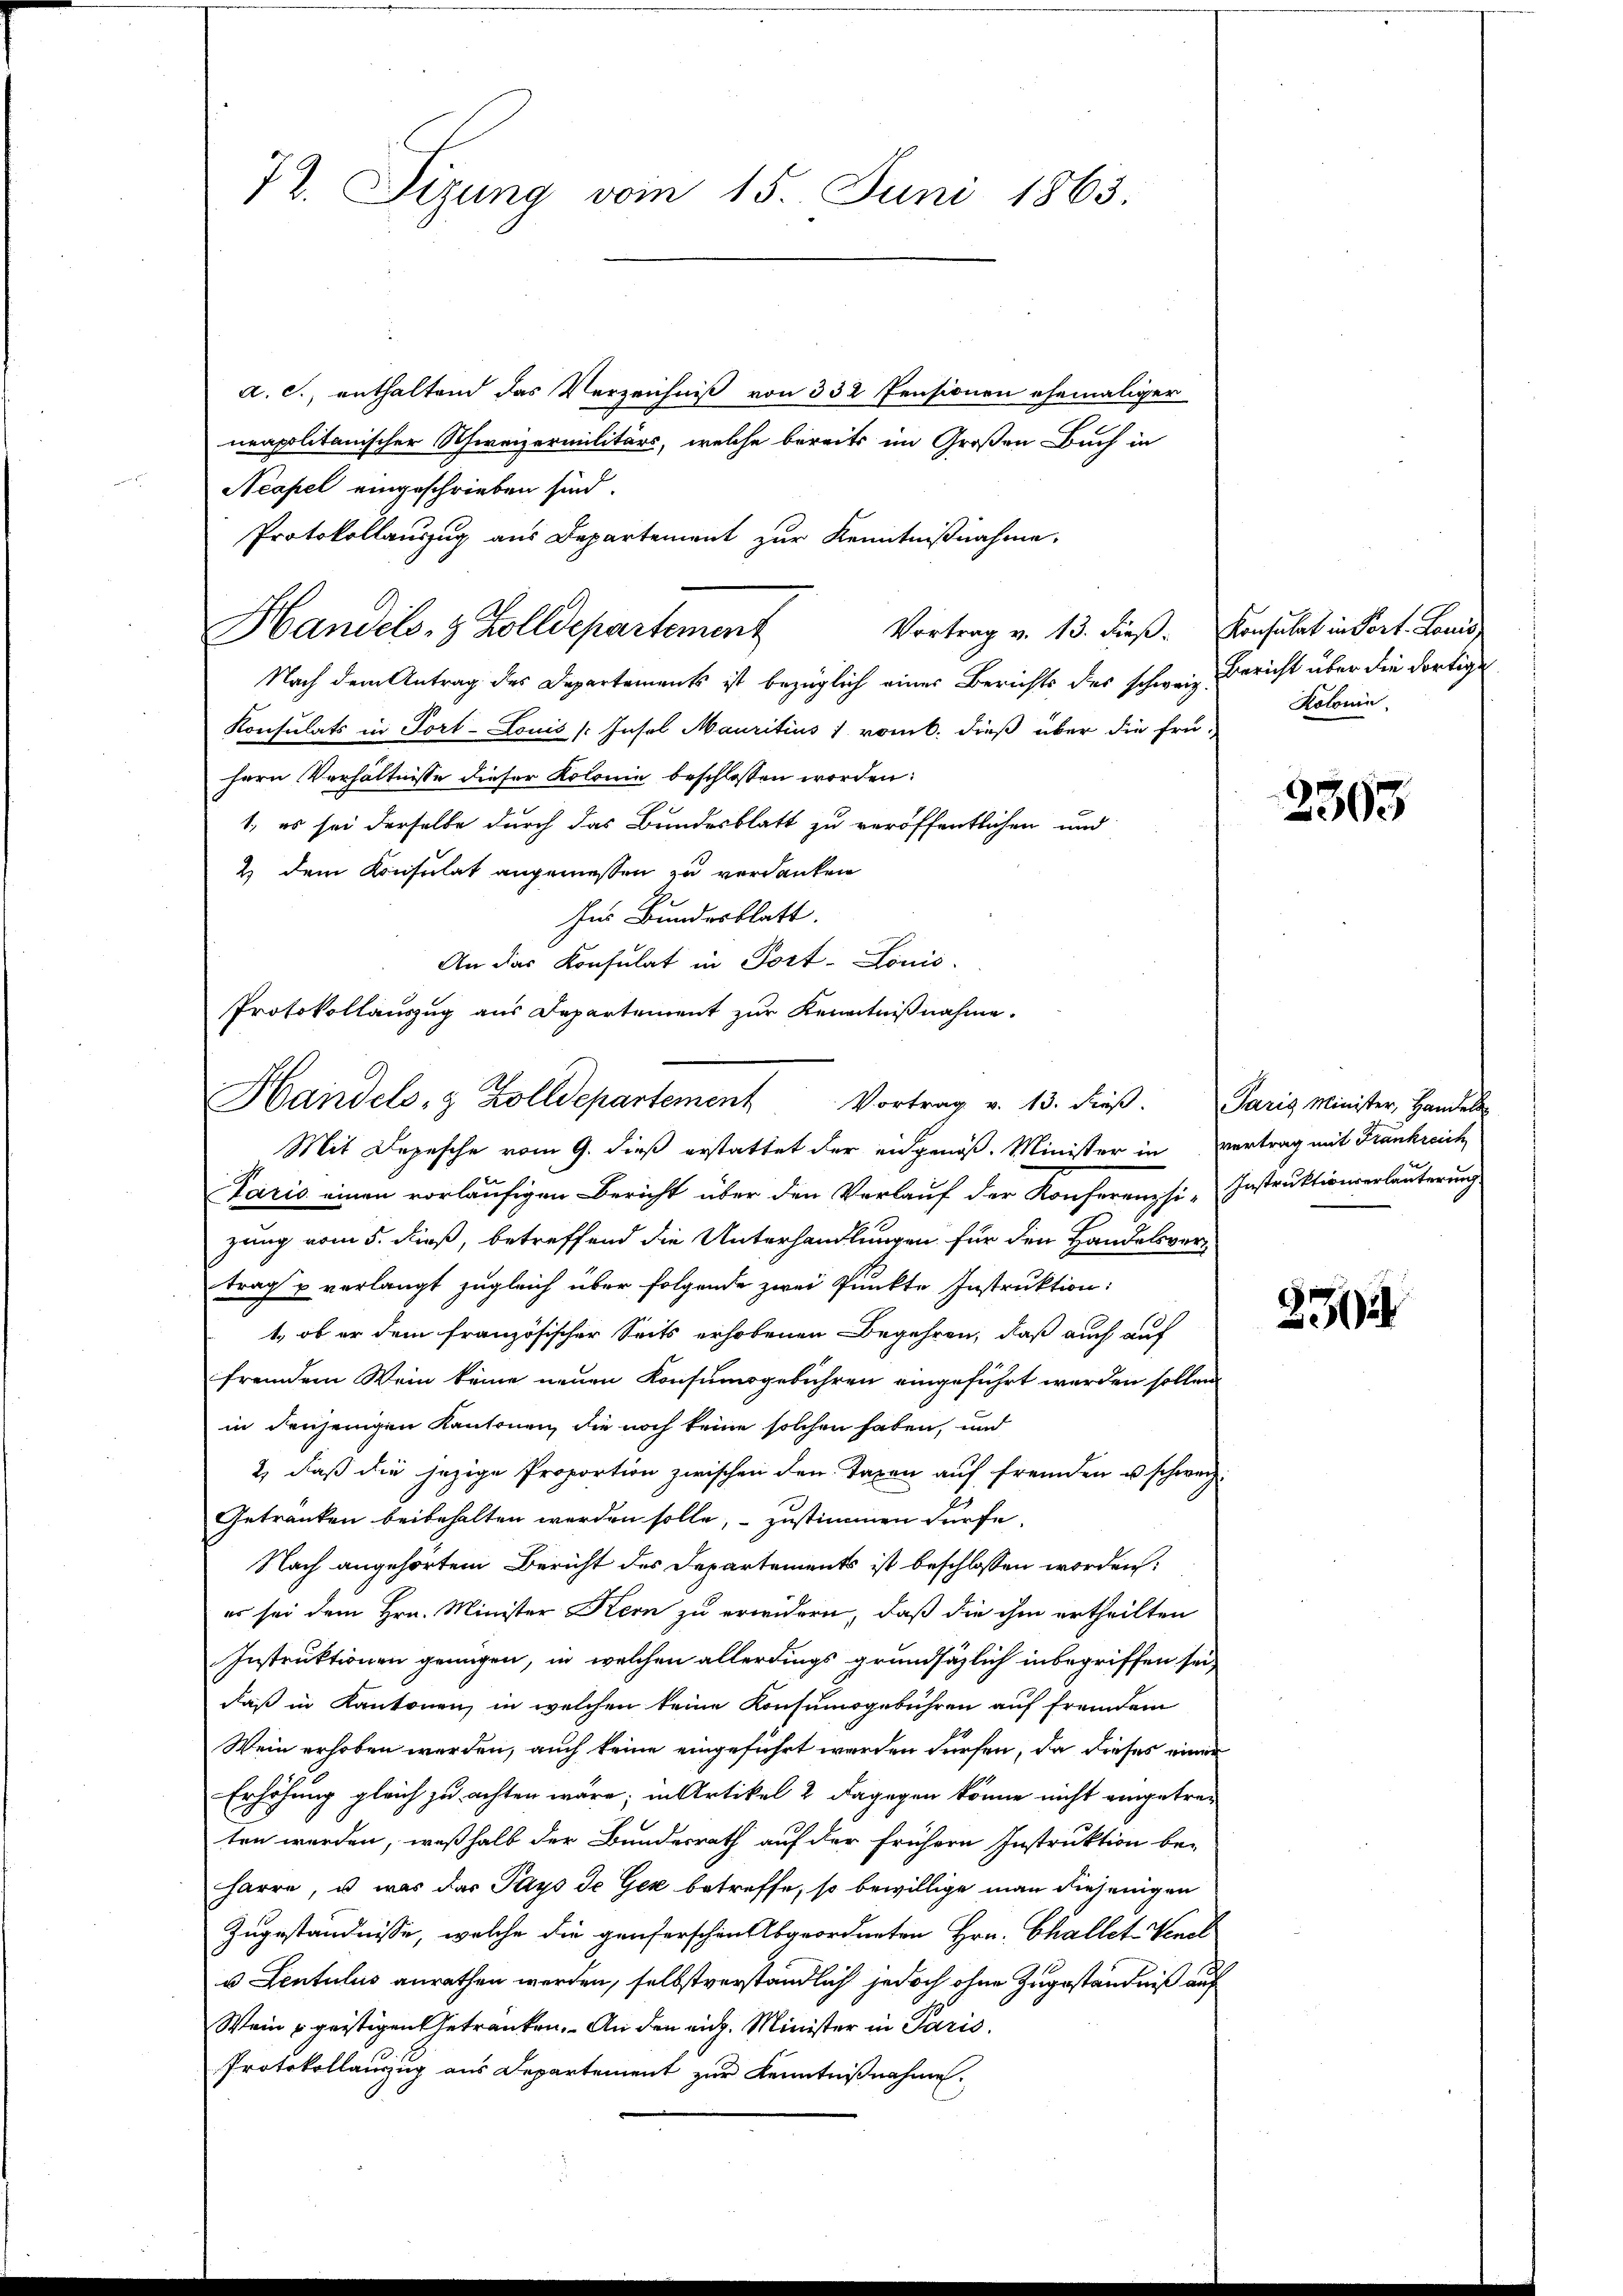
72. Sizung vom 15. Juni 1863.

a. c., enthaltend das Verzeichniß von 332 Pensionen ehemaliger
neapolitanischer Schweizermilitärs, welche bereits im Großen Buch in
Neapel eingeschrieben sind.
Protokollauszug aus Departement zur Kenntnißnahme.
Handels- & Zolldepartement
Vortrag v. 13. dieß. Konsulat in Port. Louis
Nach dem Antrag des Departements ist bezüglich eines Berichts des schweiz Bericht über die dortige
Konsulats in Port-Louis [Insel Mauritius) vom b. dieß über die frü-
hern Verhältnisse dieser Kolonie beschlossen worden:
1. es sei derselbe durch das Bundesblatt zu veröffentlichen und
2 dem Konsulat angemessen zu verdanken
ses Bundesblatt.
An das Konsulat in Post-Louis
Protokollauszug aus Departement zur Kenntnißnahme.

.
Handels- & Zolldepartement Vortrag v. 13. dieβ. Paris Minister, Handels

Mit Depesche vom 9. dieß erstattet der eidgenöß. Minister in vertrag mit Frankreich
Paris einen vorläufigen Bericht über den Verlauf der Konferenzsi-Instruktionserläuterung
zung vom 5. dieß, betreffend die Unterhandlungen für den Handelsvortrag u verlangt zugleich über folgende zwei Punkte Instruktion:
1., ob er dem französischer Seits erhobenen Begehren, daß auch auf
fremdem Wein keine neuen Konsumsgebühren eingeführt werden sollen.
in denjenigen Kantonen, die noch keine solchen haben, und
2) daß die jezige Proportion zwischen den Taxen auf fremden u schweiz.
Getranken beibehalten werden solle, – zustimmen dürfe.
Nach angehörtem Bericht des Departements ist beschlossen worden:
er sei dem Hrn. Minister Kern zu erwidern, daß die ihm ertheilten
Instruktionen genügen, in welchen allerdings grundsätzlich inbegriffen sei,
daß in Kantonen, in welchen keine Konsumsgebühren auf fremdem
Wein erhoben werden, auch keine eingeführt werden dürfen, da dieses einen
Erhöhung gleich zu achten wäre; in Artikel 2 dagegen könne nicht eingetraten werden, weßhalb der Bundesrath auf der frühern Instruktion be-
harre, u war das Pays de Gez betreffe, so bewillige man diejenigen
Zugeständnisse, welche die generschen Abgeordneten Hrn. Challet Venel
u Lentulus anrathen werden, selbstverständlich jedoch ohne Zugeständniß auf
Wein u geistigen Getranken. An den eich. Minister in Paris.
Protokollauszug aus Departement zur Kenntnißnahme.

Kolonin.

2393

239